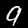
Label: 9